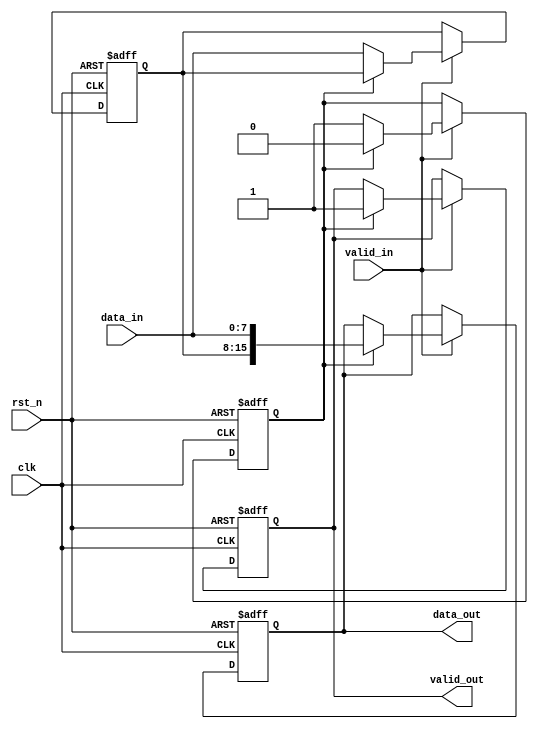
module width_8to16 (
  input wire clk,
  input wire rst_n,
  input wire valid_in,
  input wire [7:0] data_in,
  output reg valid_out,
  output reg [15:0] data_out
);

  reg [7:0] data_lock;
  reg valid_flag;

  always @(posedge clk or negedge rst_n) begin
    if (!rst_n) begin
      data_lock <= 8'b0;
      valid_flag <= 1'b0;
      valid_out <= 1'b0;
      data_out <= 16'b0;
    end
    else begin
      if (valid_in) begin
        if (!valid_flag) begin
          data_lock <= data_in;
          valid_flag <= 1'b1;
        end
        else begin
          data_out <= {data_lock, data_in};
          valid_out <= 1'b1;
          valid_flag <= 1'b0;
        end
      end
    end
  end

endmodule